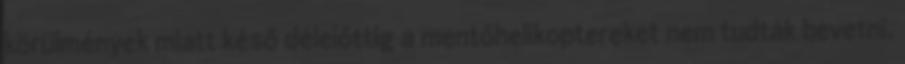
körülmények miatt késő délelőttig a mentőhelikoptereket nem tudták bevetni.